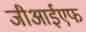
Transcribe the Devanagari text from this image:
जीआईएफ